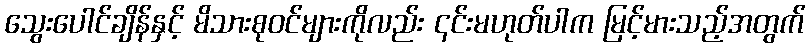
သွေးပေါင်ချိန်နှင့် မိသားစုဝင်များကိုလည်း ၎င်းမဟုတ်ပါက မြင့်မားသည့်အတွက်